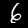
Digit: 6